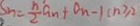
S _ { n } = \frac { n } { 2 } a _ { n } + a _ { n } - 1 ( n \geq 2